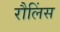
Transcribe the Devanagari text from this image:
रौलिंस